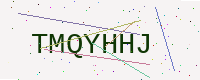
Text: TMQYHHJ